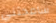
سامحتني